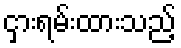
ငှားရမ်းထားသည့်